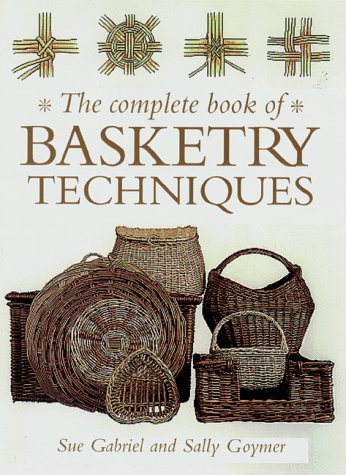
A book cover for The Complete Book of Basketry Techniques; Sue Gabriel; Crafts, Hobbies & Home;